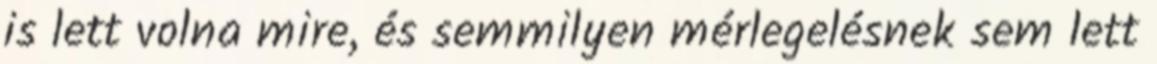
is lett volna mire, és semmilyen mérlegelésnek sem lett